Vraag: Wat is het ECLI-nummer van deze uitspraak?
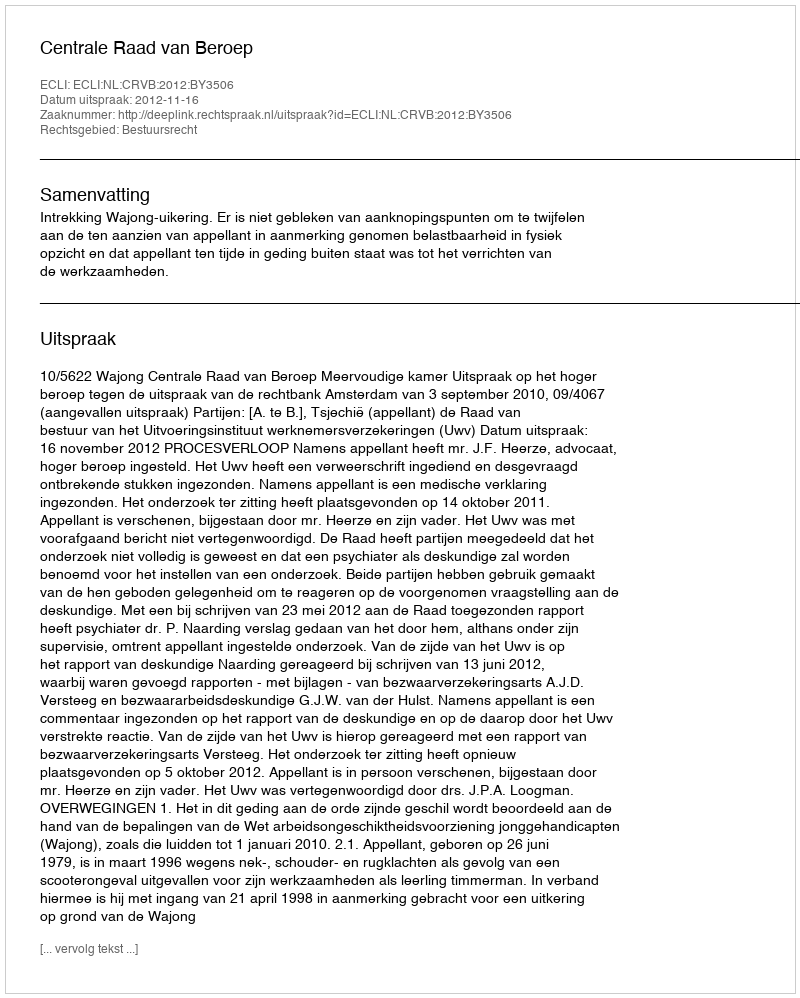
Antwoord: ECLI:NL:CRVB:2012:BY3506